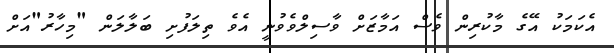
އެކަމަކު އޭގެ މާކުރިން ވެސް އަމާޒަށް ވާސިލްވެވުނީ އެވެ ތިލަފުށި ބަލާލަން "މިހާރު"އަށް